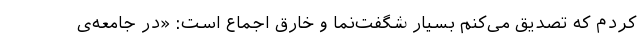
کردم که تصدیق می‌کنم بسیار شگفت‌نما و خارق اجماع است: «در جامعه‌ی